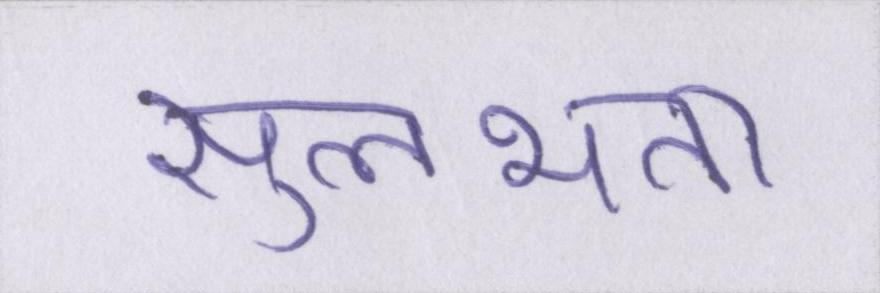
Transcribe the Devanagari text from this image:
सुलभता